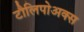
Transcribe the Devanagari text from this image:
टौलिपोअक्स